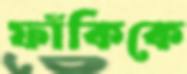
ফাঁকিকে